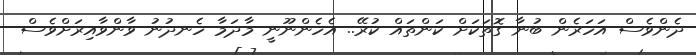
ދެންވެސް އަހަރެން ބުނާ ގޮތަކަށް ކަންތައް ކުރޭ.. އެހެންނޫނީ މާދަމާ ހެނދުނު ވާންވާއިރަށްވެސް